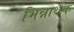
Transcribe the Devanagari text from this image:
भिन्नार्थक